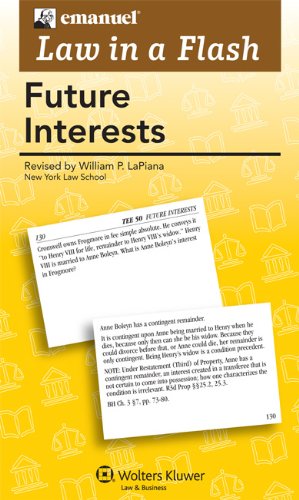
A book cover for Law in a Flash: Future Interests 2011; Steven L. Emanuel; Law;